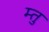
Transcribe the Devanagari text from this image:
म्तु